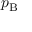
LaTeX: p _ { \mathrm { { B } } }